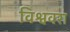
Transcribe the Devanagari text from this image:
विश्ववरा